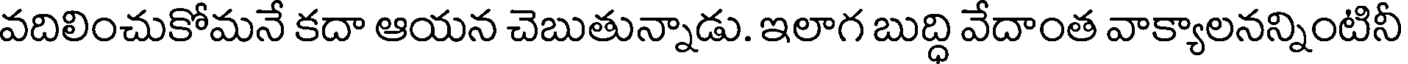
వదిలించుకోమనే కదా ఆయన చెబుతున్నాడు. ఇలాగ బుద్ధి వేదాంత వాక్యాలనన్నింటినీ